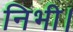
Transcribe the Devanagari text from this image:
निभी।